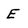
Character: E